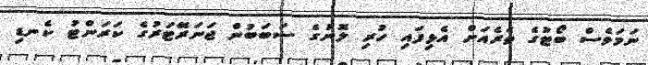
ނަމަވެސް ބޯޓުގެ ތެރެއަށް އެޅިފައި ހުރި ލޮނުގެ ސަބަބުން ޖަނަރޭޓަރުގެ ކަރަންޓު ކެނޑި